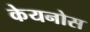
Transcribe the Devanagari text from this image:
केयनोस